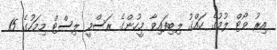
އިރު ވޯޓް ލުމުގެ ހައްގު ލިބިފައިވާ މީހުންގެ ރަސްމީ ލިސްޓް މިމަހުގެ 15